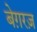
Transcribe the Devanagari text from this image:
बेग़रज़